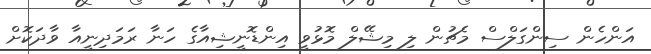
އަންހެން ސިންގަލްސް މެޗުން ލި މިޝޭލް މޮޅުވީ އިންޑޮނީޝިއާގެ ހަނާ ރަމަދިނީއާ ވާދަކޮށް